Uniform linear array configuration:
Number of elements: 8
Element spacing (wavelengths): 1
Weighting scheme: hann
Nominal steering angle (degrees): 30
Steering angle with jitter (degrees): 28.556
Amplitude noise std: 0.05
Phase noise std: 0.05

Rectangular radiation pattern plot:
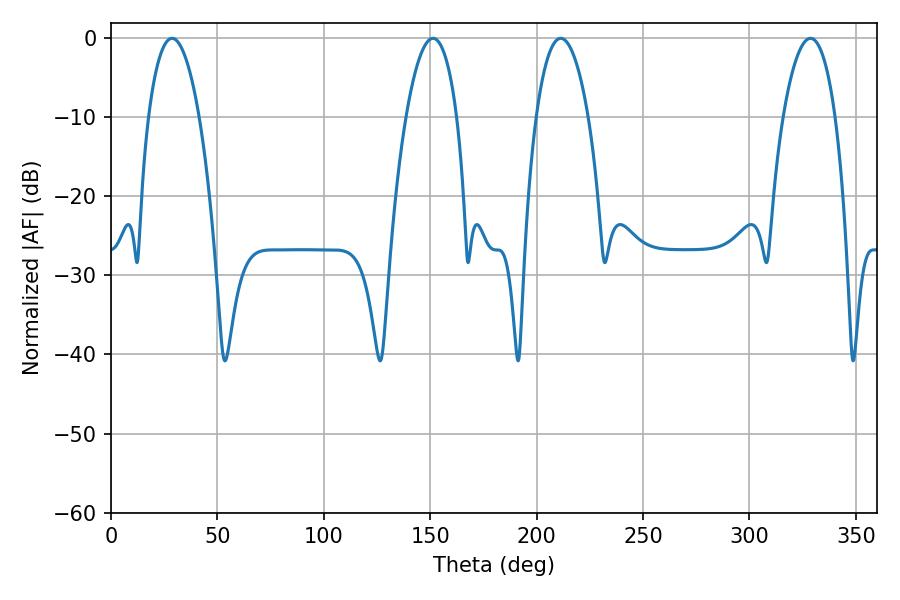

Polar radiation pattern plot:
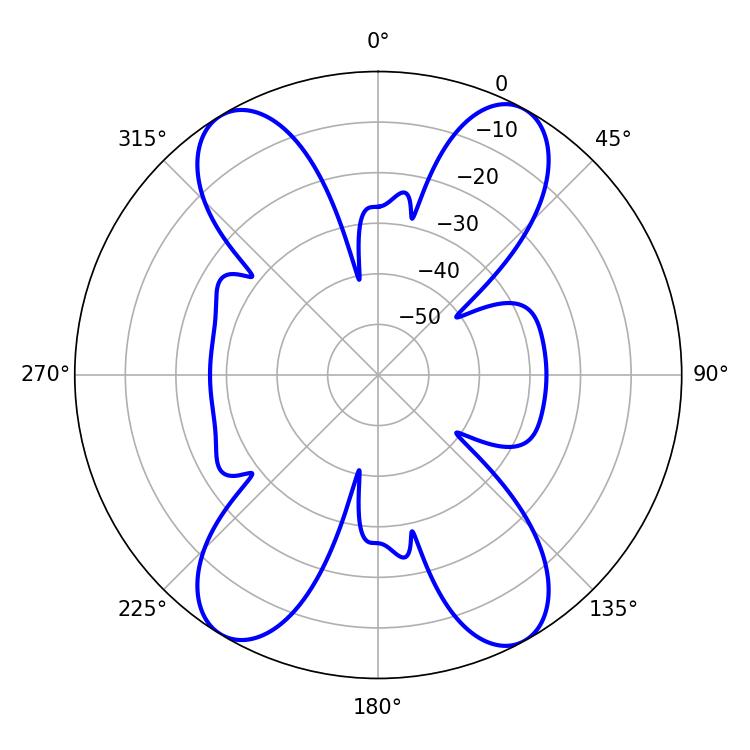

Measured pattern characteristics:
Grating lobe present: TRUE
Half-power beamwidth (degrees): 13.68
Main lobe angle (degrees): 211.32